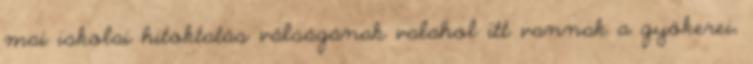
mai iskolai hitoktatás válságának valahol itt vannak a gyökerei,